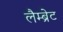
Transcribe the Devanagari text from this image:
लैम्ब्रेट